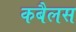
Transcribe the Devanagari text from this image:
कबैलस